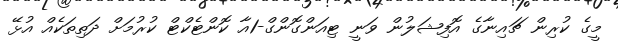
މީގެ ކުރިން ޗައިނާގެ އޮފިޝަލުން ވަނީ ޓިއަންގޮންގް-1އާ ކޮންޓެކްޓް ކުރުމަށް ދަތިތަކެއް އުޅޭ